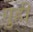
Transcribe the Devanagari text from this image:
गुही